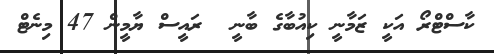
ކާސްޓްރޯ އަކީ ޒަމާނީ ކިއުބާގެ ބާނީ  ރައީސް ޔާމީން 47 މިނެޓް